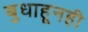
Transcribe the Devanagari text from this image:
बुधाहूनही